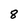
Character: 8